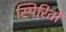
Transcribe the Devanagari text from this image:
स्पिरितो